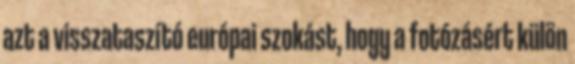
azt a visszataszító európai szokást, hogy a fotózásért külön